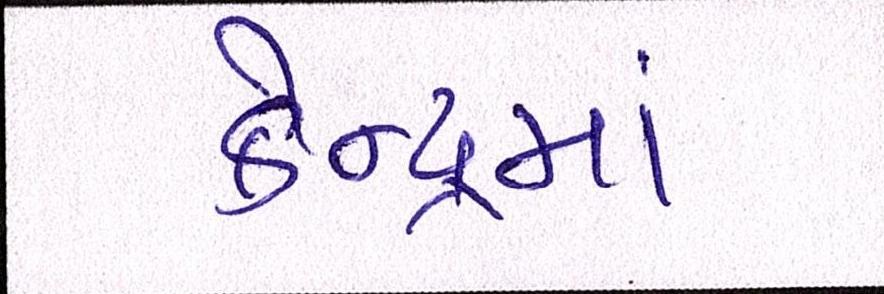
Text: કેન્દ્રમાં